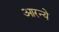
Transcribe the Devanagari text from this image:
आरन्ये